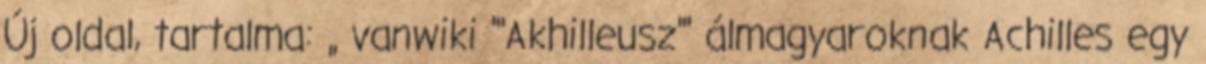
Új oldal, tartalma: „ vanwiki '''Akhilleusz''' álmagyaroknak Achilles egy